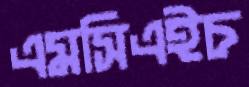
এমসিএইচ